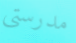
مدرستي